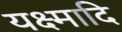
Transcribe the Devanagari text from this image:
यक्ष्मादि